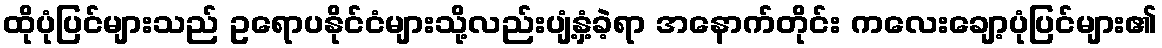
ထိုပုံပြင်များသည် ဥရောပနိုင်ငံများသို့လည်းပျံ့နှံ့ခဲ့ရာ အနောက်တိုင်း ကလေးချော့ပုံပြင်များ၏